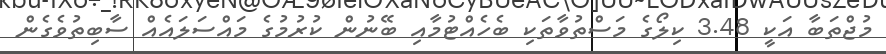
މުޖްތަބާ އަކީ 3.48 ކިލޯގެ މަސްތުވާތަކި ބެހެއްޓުމާއި ބޭނުން ކުރުމުގެ މައްސަލައެއް ސާބިތުވެގެން